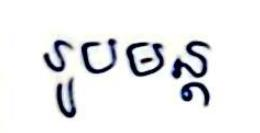
រូបមន្ដ